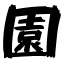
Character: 園